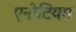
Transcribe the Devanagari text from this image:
एनीटियम